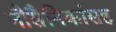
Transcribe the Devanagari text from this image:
नौसैनिकांसह